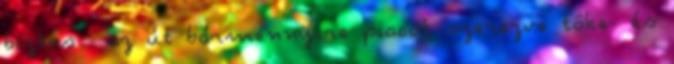
biztos . az út bármennyire piacot szerezve tôke- és